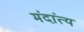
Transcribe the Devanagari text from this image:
मंदांत्य